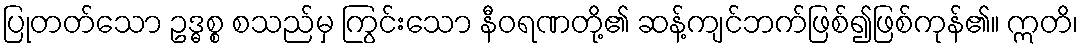
ပြုတတ်သော ဥဒ္ဓစ္စ စသည်မှ ကြွင်းသော နီဝရဏတို့၏ ဆန့်ကျင်ဘက်ဖြစ်၍ဖြစ်ကုန်၏။ ဣတိ၊